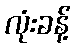
လုံးခန့်